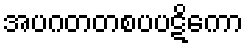
အပဂတတစပပဋိကော